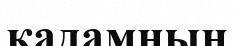
қадамның